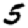
Digit: 5